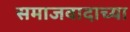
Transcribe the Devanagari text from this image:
समाजवादाच्या